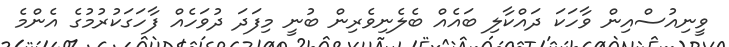
ވީނިއުސްއިން ވާހަކަ ދައްކާލި ބައެއް ބެލެނިވެރިން ބުނީ މިފަދަ ދުވަހެއް ފާހަގަކުރުމުގެ އެންމެ